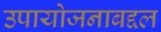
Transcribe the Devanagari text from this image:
उपायोजनाबद्दल